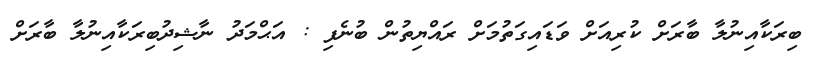
ބިރަކާއިނުލާ ބާރަށް ކުރިއަށް ވަޑައިގަތުމަށް ރައްޔިތުން ބުނެފި : އަޙްމަދު ނާޝިދުބިރަކާއިނުލާ ބާރަށް